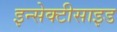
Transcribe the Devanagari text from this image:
इन्सेक्टीसाइड